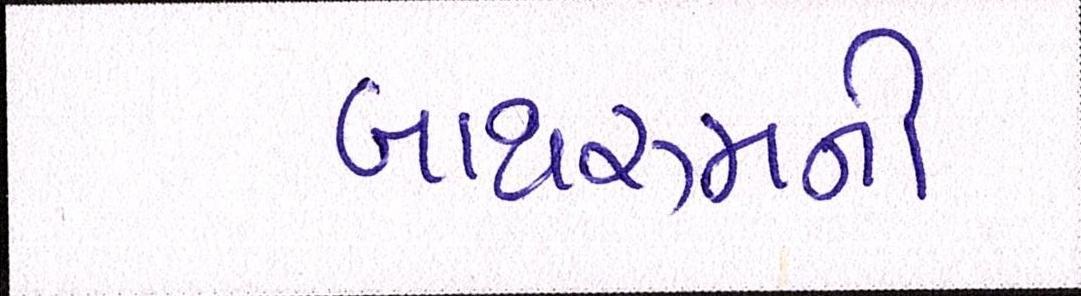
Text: બાથરૂમની